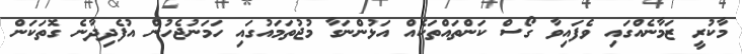
މާކުރީ ޒަމާނެއްގައި ވެފައިވާ ގޯސް ކަންތައްތަކެއް އަޅުންނަގާ މުޖުތަމައުގައި ހަމަނުޖެހުން އުފެދިދާނެ ގޮތަކަން